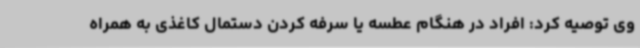
وی توصیه کرد: افراد در هنگام عطسه یا سرفه کردن دستمال کاغذی به همراه